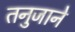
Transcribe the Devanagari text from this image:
तनुजाने